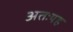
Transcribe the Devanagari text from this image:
अतःयह